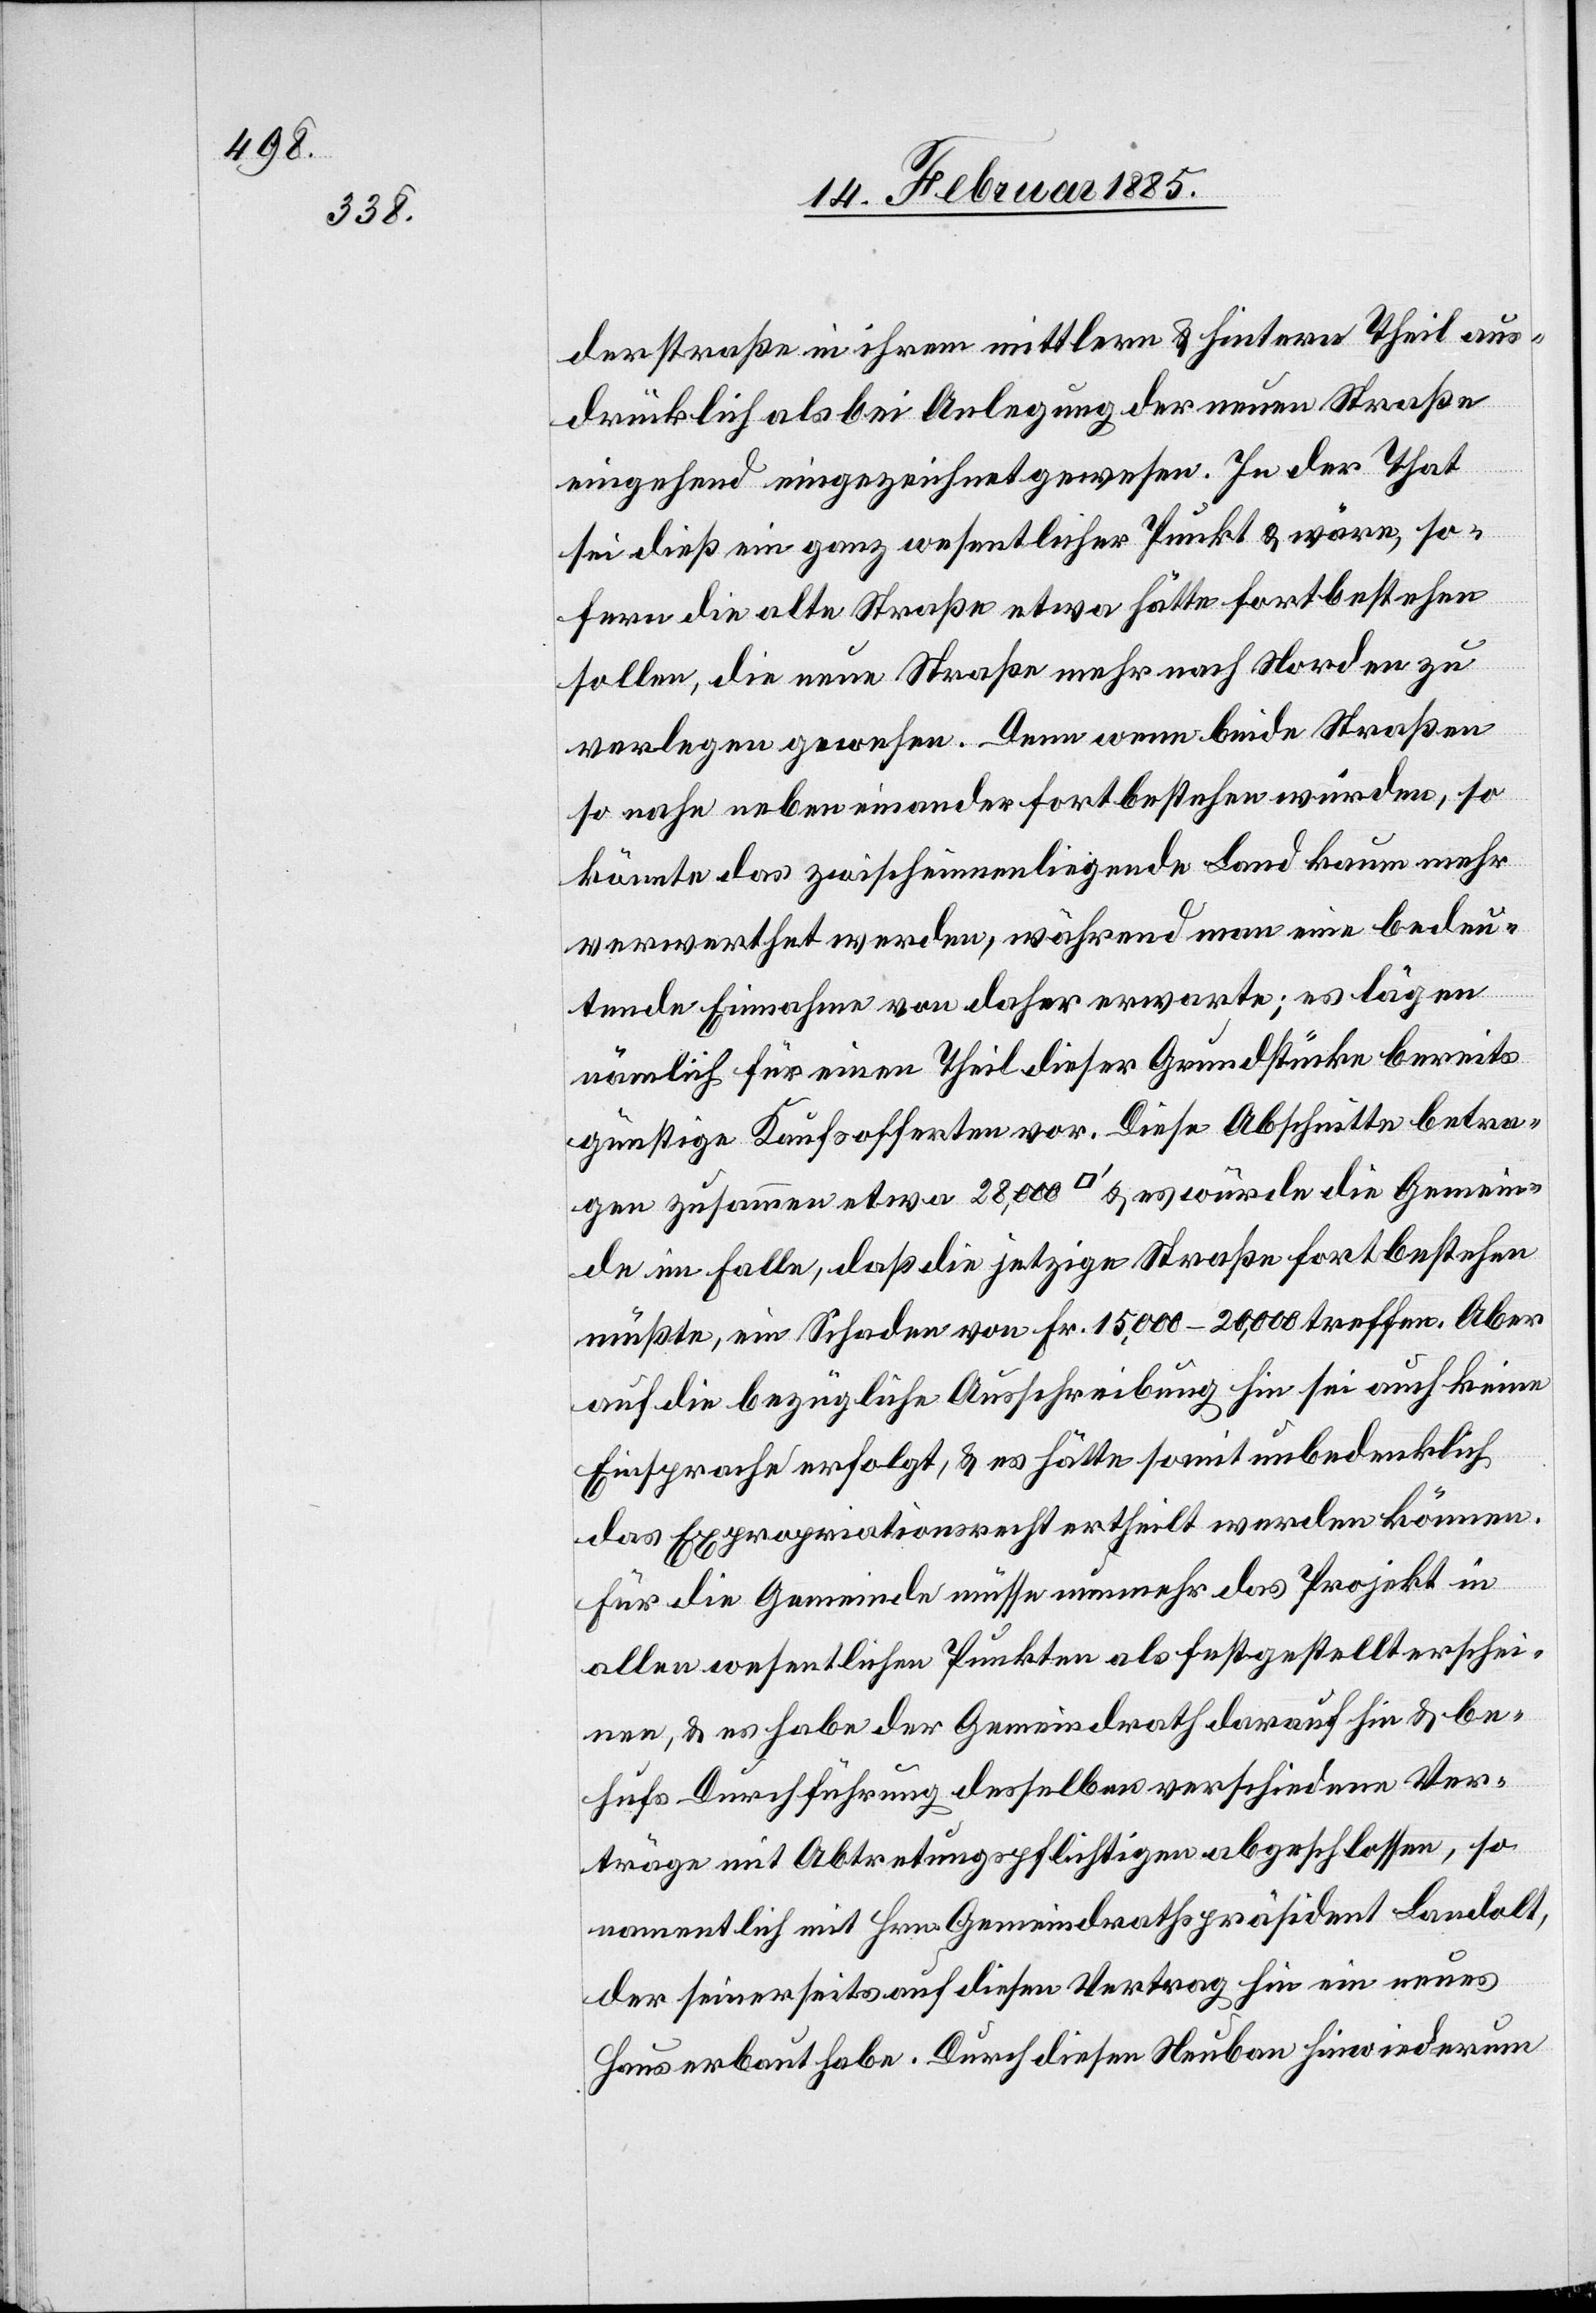
derstraße in ihrem mittlern & hintern Theil aus¬
drücklich als bei Anglegung der neuen Straße
eingehend eingezeichnet gewesen. In der That
sei dieß ein ganz wesentlicher Punkt & wäre, so¬
fern die alte Straße etwa hätte fortbestehen
sollen, die neue Straße mehr nach Norden zu
verlegen gewesen. Denn wenn beide Straßen
so nahe neben einander fortbestehen würden, so
könnte das zwischeninnenliegende Land kaum mehr
verwerthet werden, während man eine bedeu¬
tende Einnahme von daher erwarte; es lägen
nämlich für einen Theil dieser Grundstücke bereits
günstige Kaufsofferten vor. Diese Abschnitte betra¬
gen zusammen etwa 28,000 [Quadratfuss] & es würde die Gemein¬
de im Falle, daß die jetzige Straße fortbestehen
müßte, ein Schaden von Fr. 15’000–20'000 treffen. Aber
auf die bezügliche Ausschreibung hin sei auch keine
Einsprache erfolgt, & es hätte somit unbedenklich
das Expropriationsrechte ertheilt werden können.
Für die Gemeinde müsse nunmehr das Projekt in
allen wesentlichen Punkten als festgestellt erschei¬
nen, & es habe der Gemeindrath darauf hin & be¬
hufs Durchführung desselben verschiedene Ver¬
träge mit Abtretungspflichtigen abgeschlossen, so
namentlich mit Hrn. Gemeindrathspräsident Landolt,
der seinerseits auf diesen Vertrag hin ein neues
Haus erbaut habe. Durch diesen Neubau hin wiederum